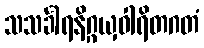
သသင်္ခါရနိဂ္ဂယှဝါရိတဂတံ